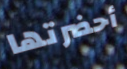
أحضرتها